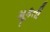
મૂકતી